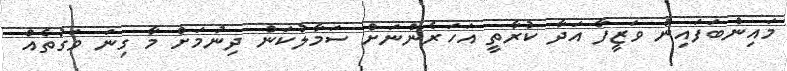
މައިންބަފައިން ވަޒީފާ އަދާ ކުރާތީ އަހަރެންނަށް ސަމާލުކަން ދިނުމަށް މާ ގިނަ ވަގުތެއް